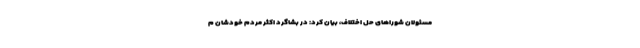
مسئولان شوراهای حل اختلاف، بیان کرد: در بشاگرد اکثر مردم خودشان م